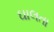
ઘાલતા